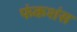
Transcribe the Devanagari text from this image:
फंकशंस